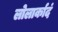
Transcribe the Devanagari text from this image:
लोलार्कादं